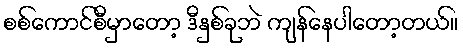
စစ်ကောင်စီမှာတော့ ဒီနှစ်ခုဘဲ ကျန်နေပါတော့တယ်။